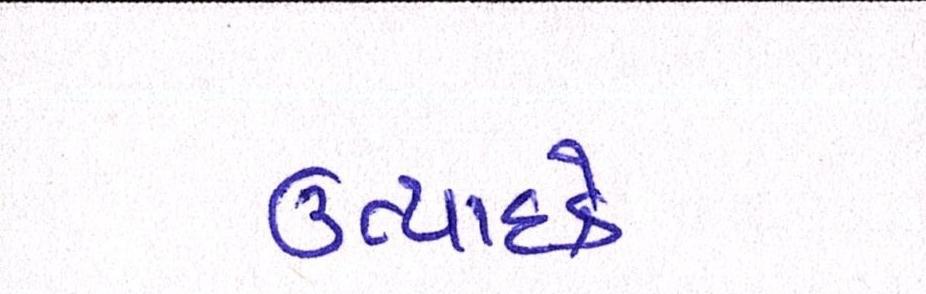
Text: ઉત્પાદકે